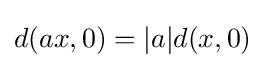
d(ax,0)=|a|d(x,0)